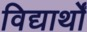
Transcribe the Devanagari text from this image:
विद्यार्थों